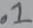
Text: .1